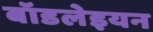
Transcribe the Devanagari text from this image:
बॉडलेइयन